Insane asylums in Bengal annual reports 1876-1887 - 1876-1887
Year: 1876
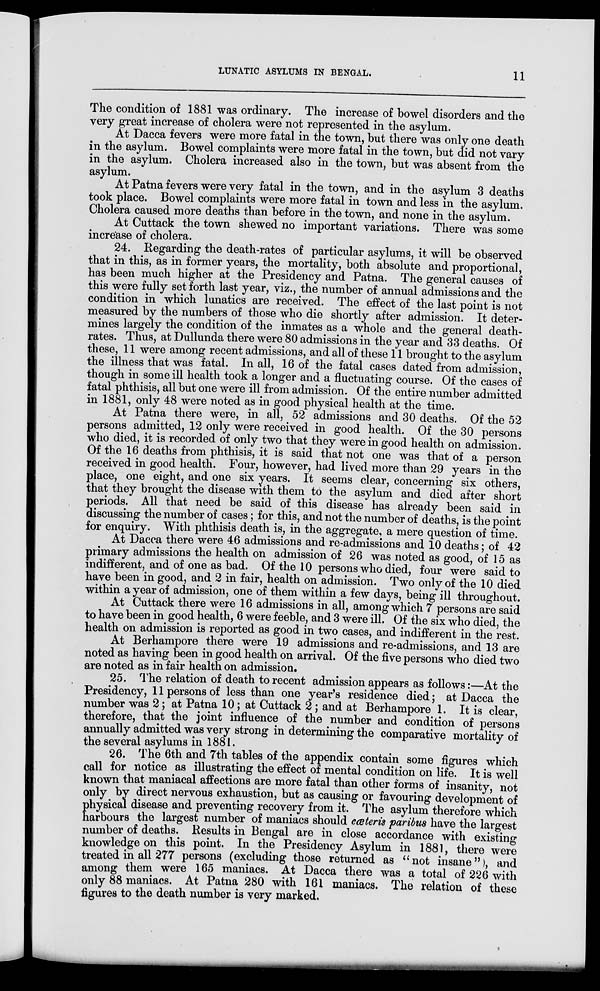
LUNATIC ASYLUMS IN BENGAL.
11
The condition of 1881 was ordinary. The increase of bowel disorders and the
very great increase of cholera were not represented in the asylum.
At Dacca fevers were more fatal in the town, but there was only one death
in the asylum. Bowel complaints were more fatal in the town, but did not vary
in the asylum. Cholera increased also in the town, but was absent from the
asylum.
At Patna fevers were very fatal in the town, and in the asylum 3 deaths
took place. Bowel complaints were more fatal in town and less in the asylum.
Cholera caused more deaths than before in the town, and none in the asylum.
At Cuttack the town shewed no important variations. There was some
increase of cholera.
24. Regarding the death-rates of particular asylums, it will be observed
that in this, as in former years, the mortality, both absolute and proportional,
has been much higher at the Presidency and Patna. The general causes of
this were fully set forth last year, viz., the number of annual admissions and the
condition in which lunatics are received. The effect of the last point is not
measured by the numbers of those who die shortly after admission. It deter-
mines largely the condition of the inmates as a whole and the general death-
rates. Thus, at Dullunda there were 80 admissions in the year and 33 deaths. Of
these, 11 were among recent admissions, and all of these 11 brought to the asylum
the illness that was fatal. In all, 16 of the fatal cases dated from admission,
though in some ill health took a longer and a fluctuating course. Of the cases of
fatal phthisis, all but one were ill from admission. Of the entire number admitted
in 1881, only 48 were noted as in good physical health at the time.
At Patna there were, in all, 52 admissions and 30 deaths. Of the 52
persons admitted, 12 only were received in good health. Of the 30 persons
who died, it is recorded of only two that they were in good health on admission.
Of the 16 deaths from phthisis, it is said that not one was that of a person
received in good health. Four, however, had lived more than 29 years in the
place, one eight, and one six years. It seems clear, concerning six others,
that they brought the disease with them to the asylum and died after short
periods. All that need be said of this disease has already been said in
discussing the number of cases; for this, and not the number of deaths, is the point
for enquiry. With phthisis death is, in the aggregate, a mere question of time.
At Dacca there were 46 admissions and re-admissions and 10 deaths; of 42
primary admissions the health on admission of 26 was noted as good, of 15 as
indifferent, and of one as bad. Of the 10 persons who died, four were said to
have been in good, and 2 in fair, health on admission. Two only of the 10 died
within a year of admission, one of them within a few days, being ill throughout.
At Cuttack there were 16 admissions in all, among which 7 persons are said
to have been in good health, 6 were feeble, and 3 were ill. Of the six who died, the
health on admission is reported as good in two cases, and indifferent in the rest.
At Berhampore there were 19 admissions and re-admissions, and 13 are
noted as having been in good health on arrival. Of the five persons who died two
are noted as in fair health on admission.
25. The relation of death to recent admission appears as follows:—At the
Presidency, 11 persons of less than one year's residence died; at Dacca the
number was 2 ; at Patna 10; at Cuttack 2 ; and at Berhampore 1. It is clear,
therefore, that the joint influence of the number and condition of persons
annually admitted was very strong in determining the comparative mortality of
the several asylums in 1881.
26. The 6th and 7th tables of the appendix contain some figures which
call for notice as illustrating the effect of mental condition on life. It is well
known that maniacal affections are more fatal than other forms of insanity, not
only by direct nervous exhaustion, but as causing or favouring development of
physical disease and preventing recovery from it. The asylum therefore which
harbours the largest number of maniacs should cœteris paribus have the largest
number of deaths. Results in Bengal are in close accordance with existing
knowledge on this point. In the Presidency Asylum in 1881, there were
treated in all 277 persons (excluding those returned as "not insane"), and
among them were 165 maniacs. At Dacca there was a total of 226 with
only 88 maniacs. At Patna 280 with 161 maniacs. The relation of these
figures to the death number is very marked.